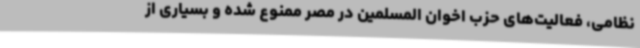
نظامی، فعالیت‌های حزب اخوان المسلمین در مصر ممنوع شده و بسیاری از